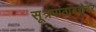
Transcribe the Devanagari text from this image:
सूत्रपाठाबरोबर